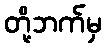
တို့ဘက်မှ